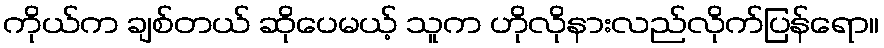
ကိုယ်က ချစ်တယ် ဆိုပေမယ့် သူက ဟိုလိုနားလည်လိုက်ပြန်ရော။